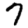
Digit: 7